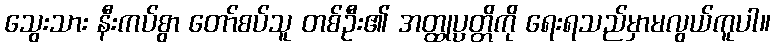
သွေးသား နီးကပ်စွာ တော်စပ်သူ တစ်ဦး၏ အတ္ထုပ္ပတ္တိကို ရေးရသည်မှာမလွယ်ကူပါ။